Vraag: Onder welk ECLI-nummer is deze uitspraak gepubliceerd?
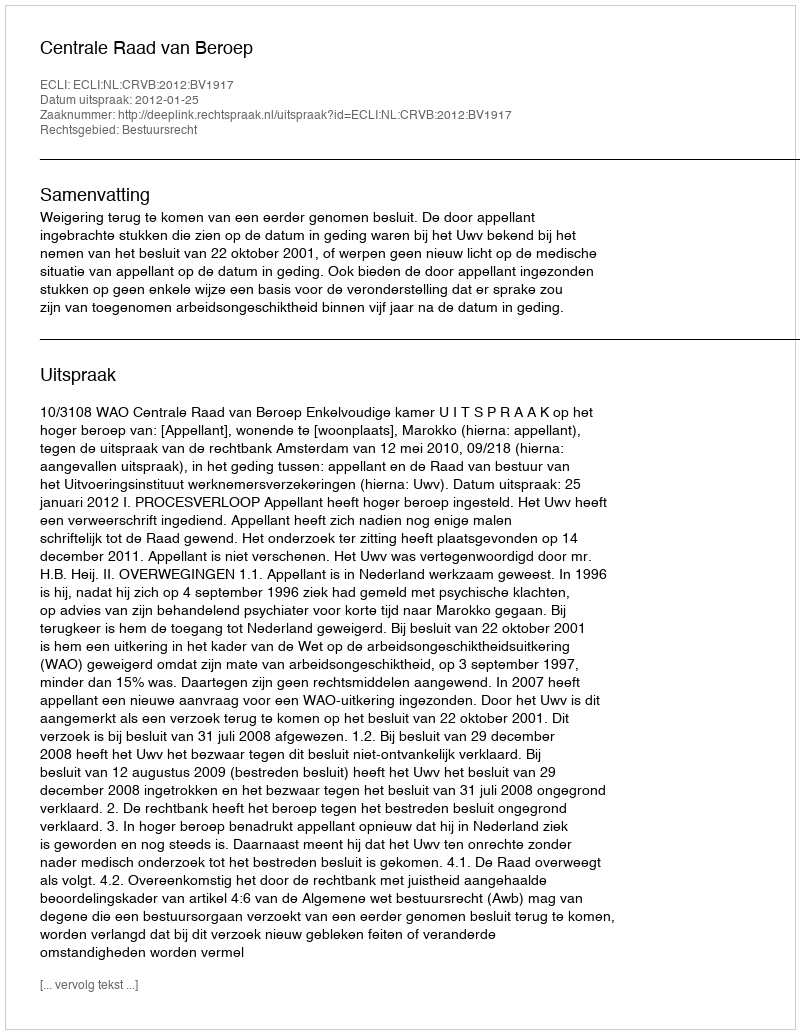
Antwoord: ECLI:NL:CRVB:2012:BV1917